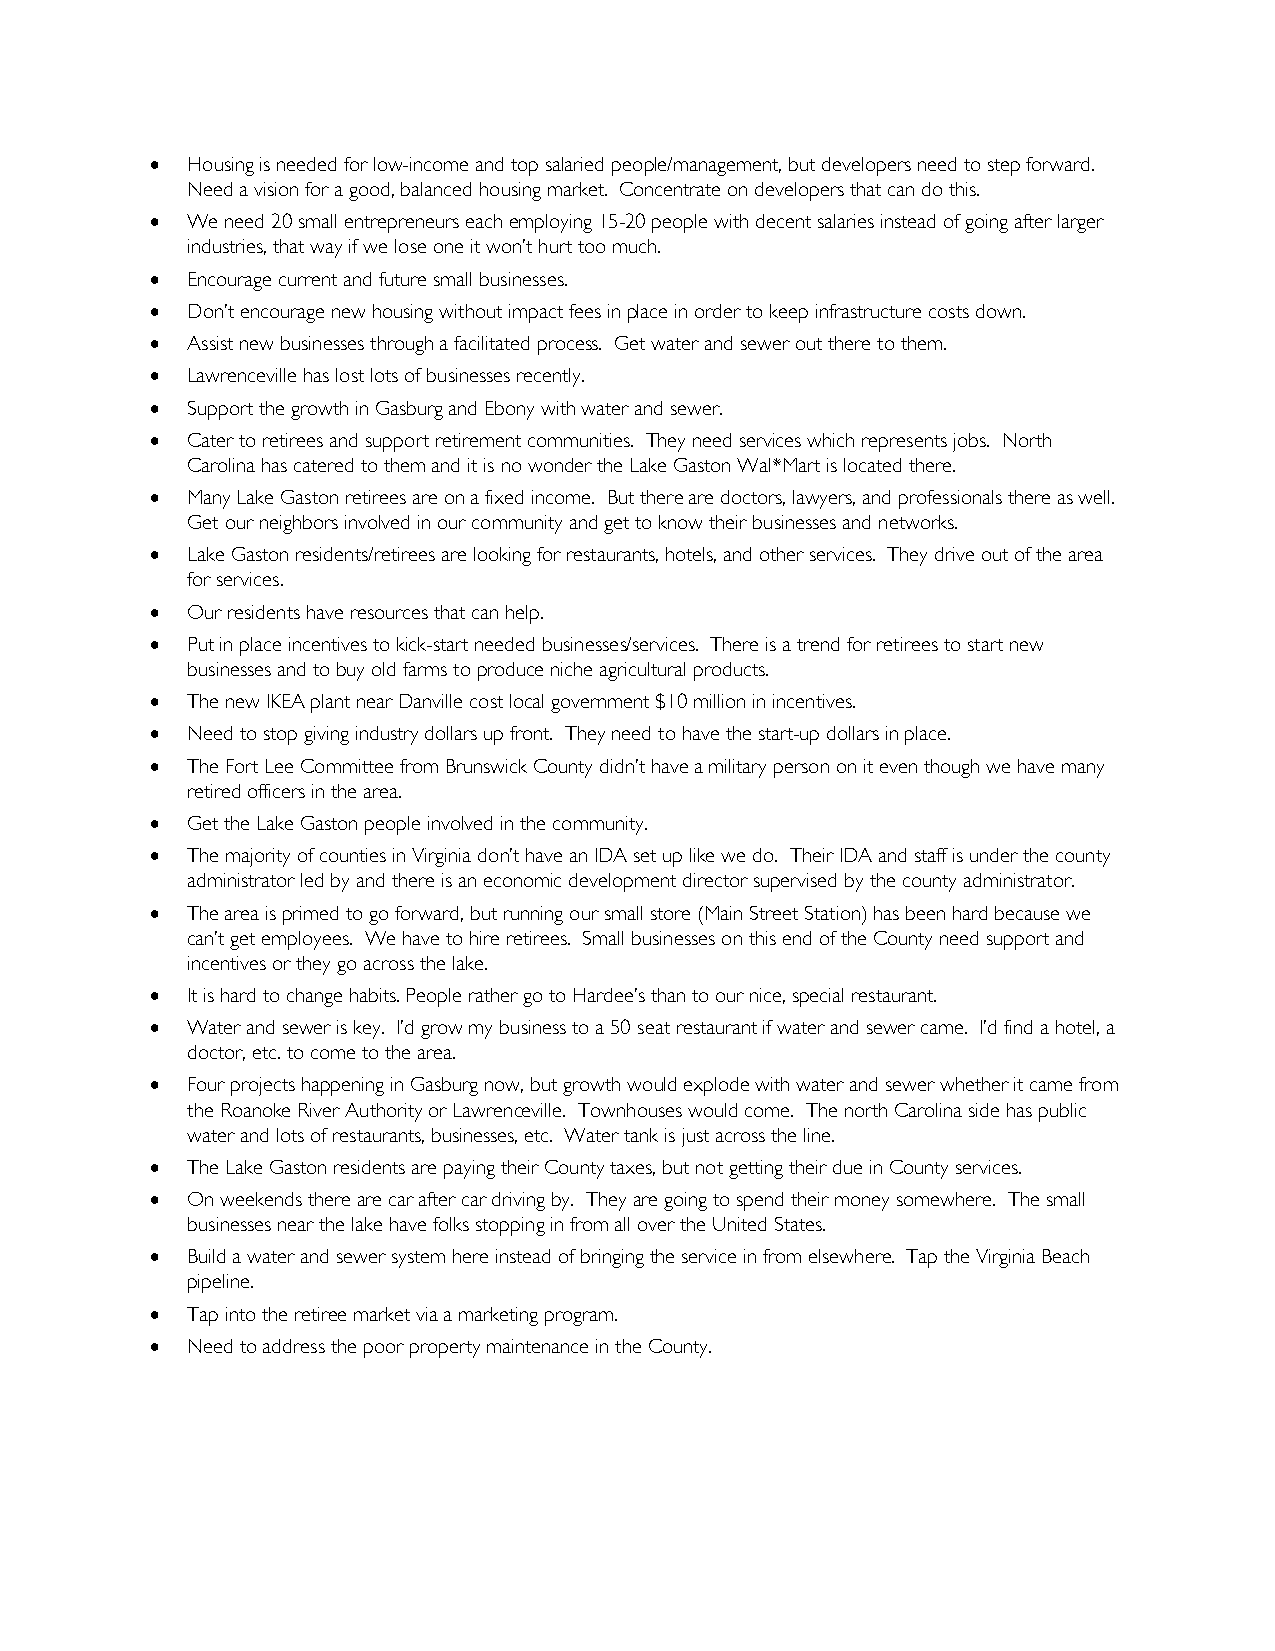
• Housing is needed for low-income and top salaried people/management, but developers need to step forward.
 Need a vision for a good, balanced housing market. Concentrate on developers that can do this.
 • We need 20 small entrepreneurs each employing 15-20 people with decent salaries instead of going after larger
 industries, that way if we lose one it won’t hurt too much.
 • Encourage current and future small businesses.
 • Don’t encourage new housing without impact fees in place in order to keep infrastructure costs down.
 • Assist new businesses through a facilitated process. Get water and sewer out there to them.
 • Lawrenceville has lost lots of businesses recently.
 • Support the growth in Gasburg and Ebony with water and sewer.
 • Cater to retirees and support retirement communities. They need services which represents jobs. North
 Carolina has catered to them and it is no wonder the Lake Gaston Wal*Mart is located there.
 • Many Lake Gaston retirees are on a fixed income. But there are doctors, lawyers, and professionals there as well.
 Get our neighbors involved in our community and get to know their businesses and networks.
 • Lake Gaston residents/retirees are looking for restaurants, hotels, and other services. They drive out of the area
 for services.
 • Our residents have resources that can help.
 • Put in place incentives to kick-start needed businesses/services. There is a trend for retirees to start new
 businesses and to buy old farms to produce niche agricultural products.
 • The new IKEA plant near Danville cost local government $10 million in incentives.
 • Need to stop giving industry dollars up front. They need to have the start-up dollars in place.
 • The Fort Lee Committee from Brunswick County didn’t have a military person on it even though we have many
 retired officers in the area.
 • Get the Lake Gaston people involved in the community.
 • The majority of counties in Virginia don’t have an IDA set up like we do. Their IDA and staff is under the county
 administrator led by and there is an economic development director supervised by the county administrator.
 • The area is primed to go forward, but running our small store (Main Street Station) has been hard because we
 can’t get employees. We have to hire retirees. Small businesses on this end of the County need support and
 incentives or they go across the lake.
 • It is hard to change habits. People rather go to Hardee’s than to our nice, special restaurant.
 • Water and sewer is key. I’d grow my business to a 50 seat restaurant if water and sewer came. I’d find a hotel, a
 doctor, etc. to come to the area.
 • Four projects happening in Gasburg now, but growth would explode with water and sewer whether it came from
 the Roanoke River Authority or Lawrenceville. Townhouses would come. The north Carolina side has public
 water and lots of restaurants, businesses, etc. Water tank is just across the line.
 • The Lake Gaston residents are paying their County taxes, but not getting their due in County services.
 • On weekends there are car after car driving by. They are going to spend their money somewhere. The small
 businesses near the lake have folks stopping in from all over the United States.
 • Build a water and sewer system here instead of bringing the service in from elsewhere. Tap the Virginia Beach
 pipeline.
 • Tap into the retiree market via a marketing program.
 • Need to address the poor property maintenance in the County.